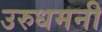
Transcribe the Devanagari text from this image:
उरुधमनी